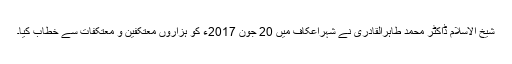
شیخ الاسلام ڈاکٹر محمد طاہرالقادری نے شہراعکاف میں 20 جون 2017ء کو ہزاروں معتکفین و معتکفات سے خطاب کیا۔